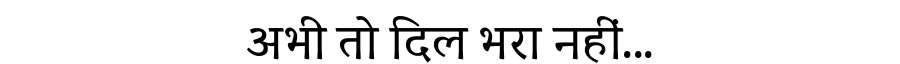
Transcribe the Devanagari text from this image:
अभी तो दिल भरा नहीं...